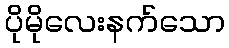
ပိုမိုလေးနက်သော